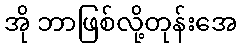
အို ဘာဖြစ်လို့တုန်းအေ